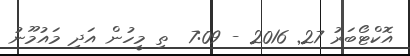
އޮކްޓޯބަރު 27